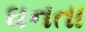
ઘનતા